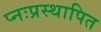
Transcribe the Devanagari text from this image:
प्नःप्रस्थापित